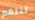
تنتقم